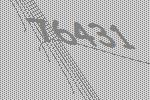
76431